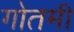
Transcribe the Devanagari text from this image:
गोतमी